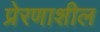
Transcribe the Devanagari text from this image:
प्रेरणाशील